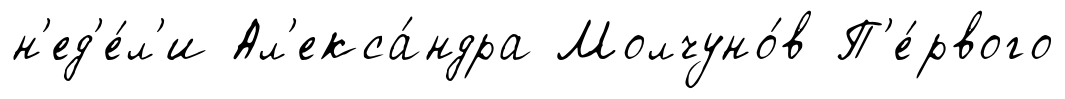
н'ед'е́л'и Ал'екса́ндра Молчуно́в П'е́рвого